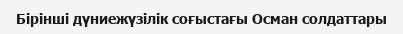
Бірінші дүниежүзілік соғыстағы Осман солдаттары